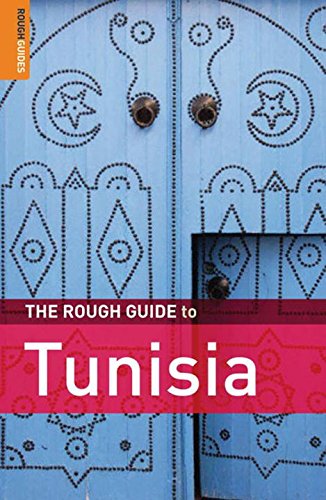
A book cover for The Rough Guide to Tunisia 8 (Rough Guide Travel Guides); Daniel Jacobs; Travel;